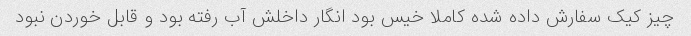
چیز کیک سفارش داده شده کاملا خیس بود انگار داخلش آب رفته بود و قابل خوردن نبود